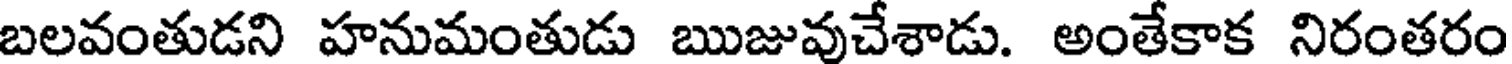
బలవంతుడని హనుమంతుడు ఋజువుచేశాడు. అంతేకాక నిరంతరం